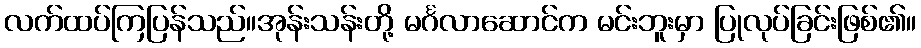
လက်ထပ်ကြပြန်သည်။အုန်းသန်းတို့ မင်္ဂလာဆောင်က မင်းဘူးမှာ ပြုလုပ်ခြင်းဖြစ်၏။